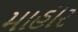
માહીર